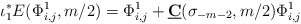
\begin{align*}\iota_1^* E(\Phi_{i,j}^1,m/2)=\Phi_{i,j}^1+\underline{\mathbf{C}}(\sigma_{-m-2},m/2)\Phi_{i,j}^1\end{align*}